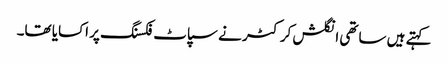
کہتے ہیں ساتھی انگلش کرکٹر نے سپاٹ فکسنگ پر اکسایا تھا۔